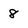
Character: 8